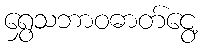
ရွှေသဘာဝဓာတ်ငွေ့